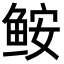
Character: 𩽾